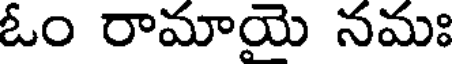
ఓం రామాయై నమః